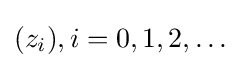
(z_{i}),i=0,1,2,\ldots